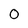
Character: 0